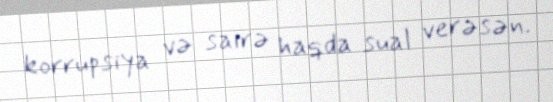
korrupsiya və sairə haqda sual verəsən.